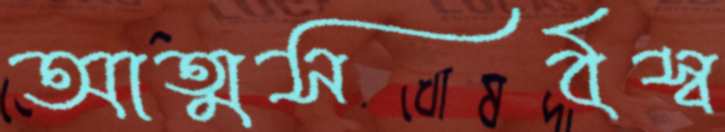
আত্মসর্বস্ব